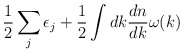
\begin{align*}\frac{1}{2}\sum_{j}\epsilon_{j} +\frac{1}{2} \int dk \frac{dn}{dk} \omega(k)\end{align*}